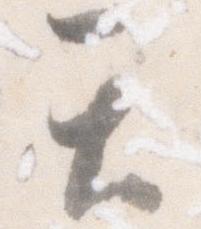
て